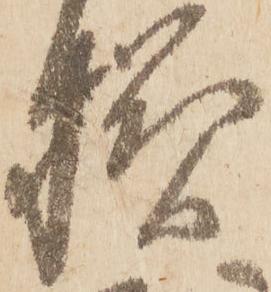
様